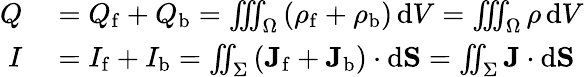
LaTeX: \begin{array}{rl}{Q}&{{}=Q_{\mathrm{f}}+Q_{\mathrm{b}}=\iiint_{\Omega}\left(\rho_{\mathrm{f}}+\rho_{\mathrm{b}}\right)\, \mathrm{d}V=\iiint_{\Omega}\rho\, \mathrm{d}V}\\ {I}&{{}=I_{\mathrm{f}}+I_{\mathrm{b}}=\iint_{\Sigma}\left(\mathbf{J}_{\mathrm{f}}+\mathbf{J}_{\mathrm{b}}\right)\cdot\mathrm{d}\mathbf{S}=\iint_{\Sigma}\mathbf{J}\cdot\mathrm{d}\mathbf{S}}\end{array}